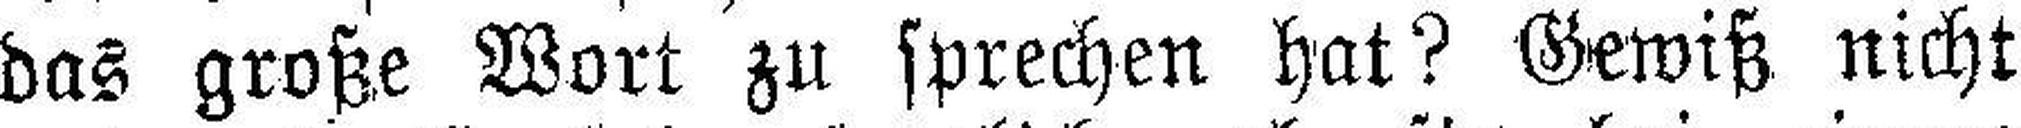
das große Wort zu sprechen hat? Gewiß nicht